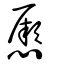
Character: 憠